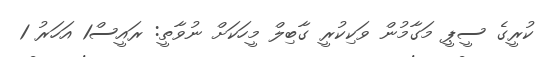
ކުރީގެ ސީޕީ މަގާމުން ވަކިކުރީ ގާބިލް މީހަކަށް ނުވާތީ: ރައީސް1 އަހަރު 1